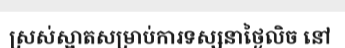
ស្រស់ស្អាតសម្រាប់ការទស្សនាថ្ងៃលិច នៅ